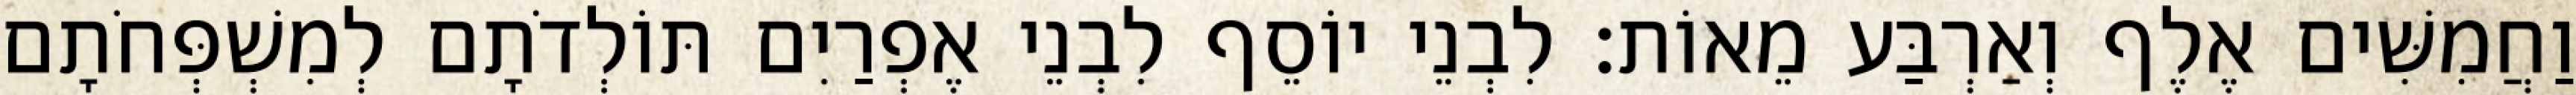
וַחֲמִשִּׁים אֶלֶף וְאַרְבַּע מֵאוֹת׃ לִבְנֵי יוֹסֵף לִבְנֵי אֶפְרַיִם תּוֹלְדֹתָם לְמִשְׁפְּחֹתָם